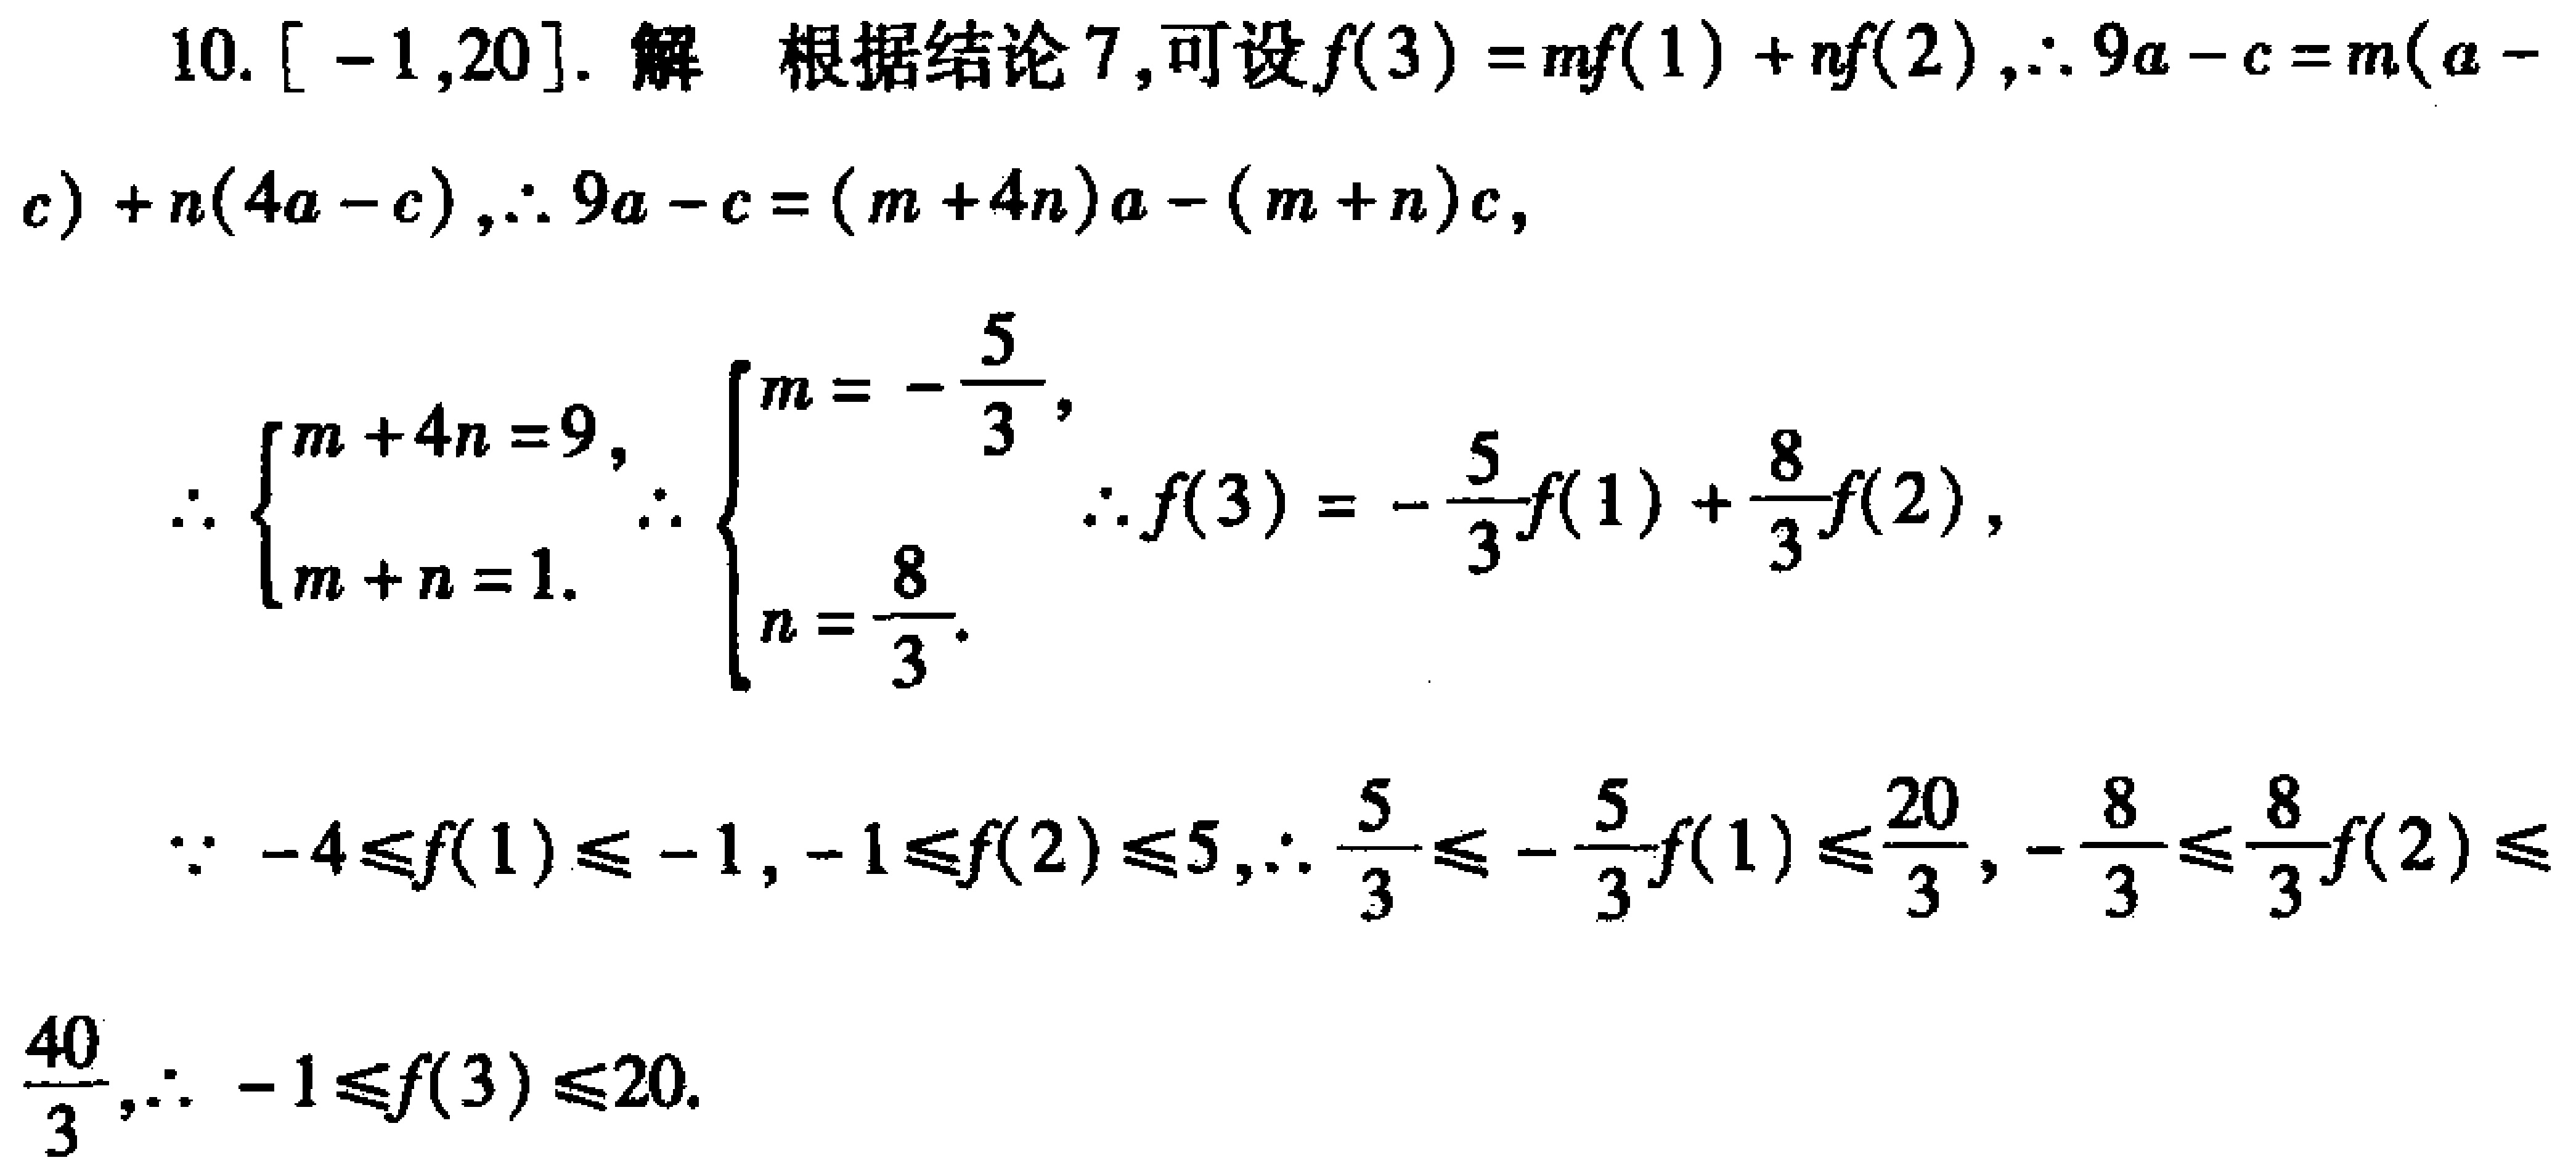
10. $[-1,20]$. 解 根据结论 7, 可设$f(3)=mf(1)+nf(2),\therefore 9a - c = m(a - c)+n(4a - c),\therefore 9a - c=(m + 4n)a-(m + n)c$,

\[\therefore

\begin{cases}

m + 4n = 9,\\

m + n = 1.

\end{cases}

\therefore

\begin{cases}

m = -\frac{5}{3},\\

n = \frac{8}{3}.

\end{cases}

\therefore f(3)=-\frac{5}{3}f(1)+\frac{8}{3}f(2),\]

\[\because -4\leq f(1)\leq -1, -1\leq f(2)\leq 5,\therefore \frac{5}{3}\leq -\frac{5}{3}f(1)\leq \frac{20}{3}, -\frac{8}{3}\leq \frac{8}{3}f(2)\leq \frac{40}{3},\therefore -1\leq f(3)\leq 20.\]